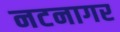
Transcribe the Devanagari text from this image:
नटनागर